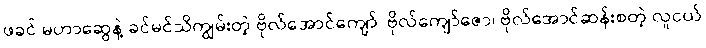
ဖခင် မဟာဆွေနဲ့ ခင်မင်သိကျွမ်းတဲ့ ဗိုလ်အောင်ကျော်၊ ဗိုလ်ကျော်ဇော၊ ဗိုလ်အောင်ဆန်းစတဲ့ လူငယ်